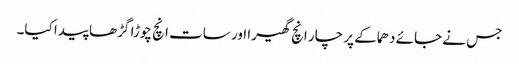
جس نے جائے دھماکے پر چار انچ گھیرا اور سات انچ چوڑا گڑھا پیدا کیا۔